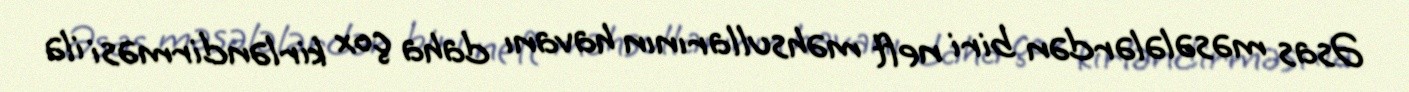
Əsas məsələlərdən biri neft məhsullarının havanı daha çox kirləndirməsi ilə